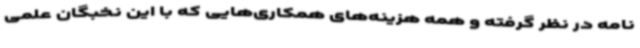
نامه در نظر گرفته و همه هزینه‌های همکاری‌هایی که با این نخبگان علمی